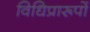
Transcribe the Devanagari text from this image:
विधिप्रारूपों